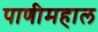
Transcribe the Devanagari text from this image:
पाणीमहाल